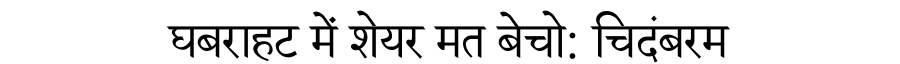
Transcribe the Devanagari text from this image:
घबराहट में शेयर मत बेचो: चिदंबरम